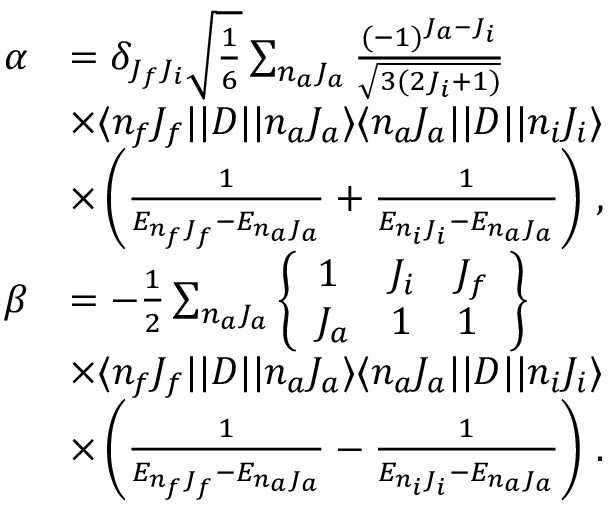
\begin{array} { r l } { \alpha } & { = \delta _ { J _ { f } J _ { i } } \sqrt { \frac { 1 } { 6 } } \sum _ { n _ { a } J _ { a } } \frac { ( - 1 ) ^ { J _ { a } - J _ { i } } } { \sqrt { 3 ( 2 J _ { i } + 1 ) } } } \\ & { \times \ensuremath { \langle n _ { f } J _ { f } | | } D \ensuremath { | | n _ { a } { J _ { a } } \rangle } \ensuremath { \langle n _ { a } { J _ { a } } | | } D \ensuremath { | | n _ { i } J _ { i } \rangle } } \\ & { \times \left( \frac { 1 } { E _ { n _ { f } J _ { f } } - E _ { { n _ { a } J _ { a } } } } + \frac { 1 } { E _ { n _ { i } J _ { i } } - E _ { { n _ { a } J _ { a } } } } \right) \, , } \\ { \beta } & { = - \frac { 1 } { 2 } \sum _ { n _ { a } J _ { a } } \ensuremath { \left\{ \begin{array} { l l l } { 1 } & { J _ { i } } & { J _ { f } } \\ { J _ { a } } & { 1 } & { 1 } \end{array} \right\} } } \\ & { \times \ensuremath { \langle n _ { f } J _ { f } | | } D \ensuremath { | | n _ { a } J _ { a } \rangle } \ensuremath { \langle n _ { a } J _ { a } | | } D \ensuremath { | | n _ { i } J _ { i } \rangle } } \\ & { \times \left( \frac { 1 } { E _ { n _ { f } J _ { f } } - E _ { n _ { a } J _ { a } } } - \frac { 1 } { E _ { n _ { i } J _ { i } } - E _ { n _ { a } J _ { a } } } \right) \, . } \end{array}